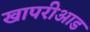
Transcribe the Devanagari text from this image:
खापरीआड